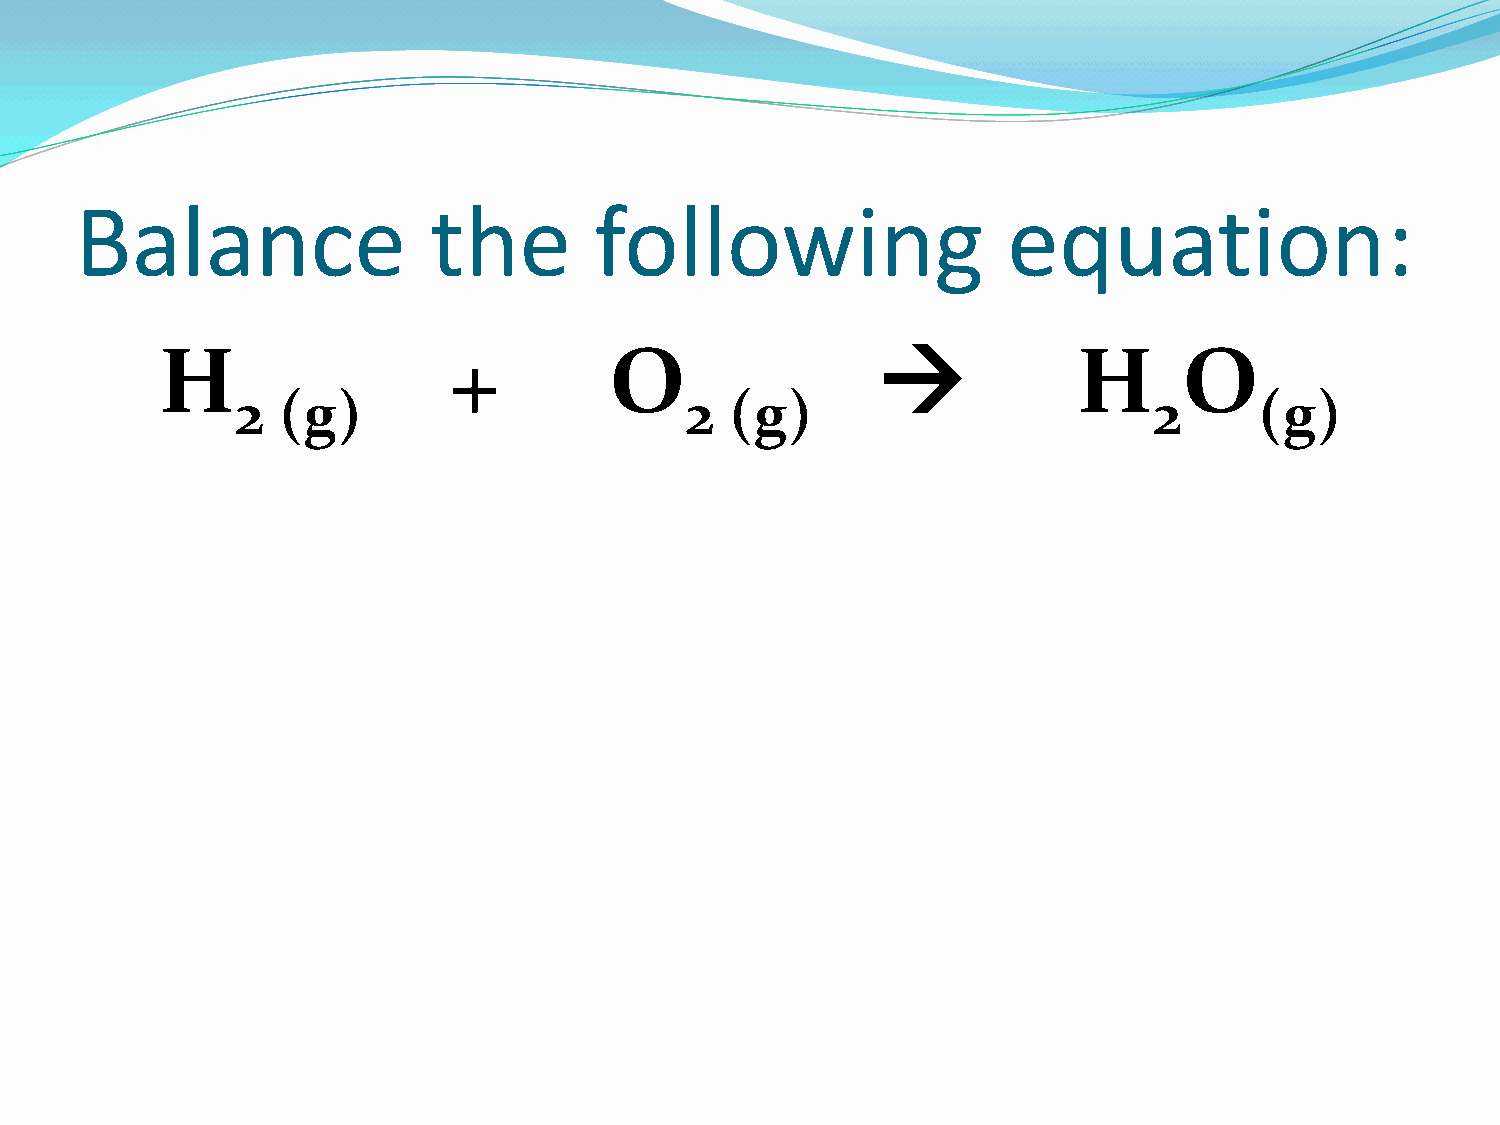
Balance                the        following                   equation:
 H                  +         O                             H      O
 2 (g)                        2  (g)                         2      (g)